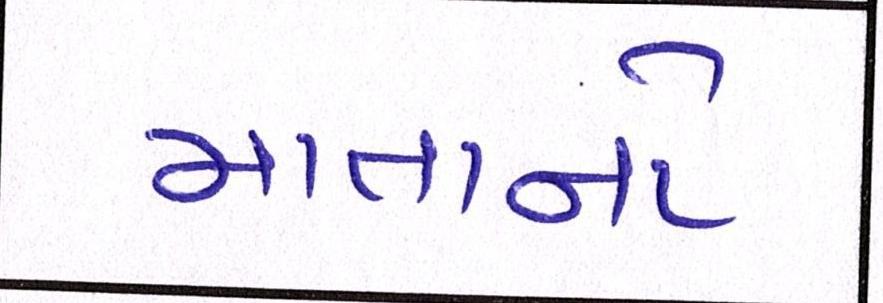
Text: માતાનો